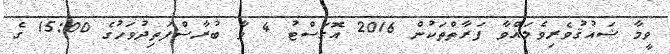
ވީމާ ޝައުޤުވެރިވެލައްވާ ފަރާތްތަކުން 2016 އޮގަސްޓު 4 ވާ ބުރާސްފަތިދުވަހުގެ 15:00 ގެ